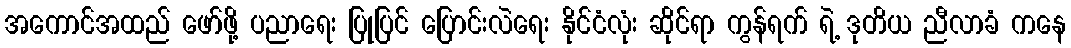
အကောင်အထည် ဖော်ဖို့ ပညာရေး ပြုပြင် ပြောင်းလဲရေး နိုင်ငံလုံး ဆိုင်ရာ ကွန်ရက် ရဲ့ ဒုတိယ ညီလာခံ ကနေ